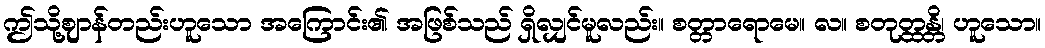
ဤသို့ဈာန်တည်းဟူသော အကြောင်း၏ အဖြစ်သည် ရှိလျှင်မူလည်း။ စတ္တာရောမေ။ လ။ စတုတ္ထန္တိ၊ ဟူသော။